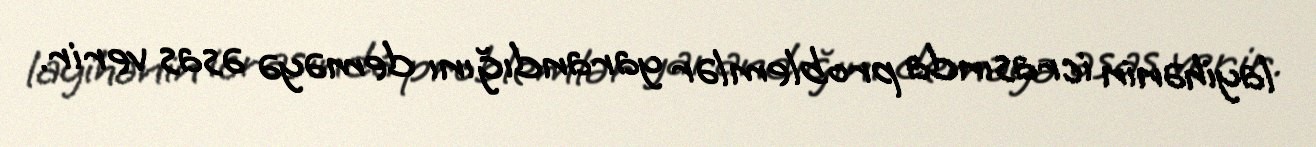
layihənin icrasında problemlər yarandığını deməyə əsas verir.